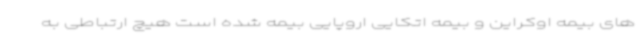
های بیمه اوکراین و بیمه اتکایی اروپایی بیمه شده است هیچ ارتباطی به